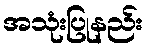
အသုံးပြုနည်း